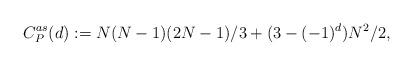
LaTeX: \begin{align*} C_P^{as}(d) := N(N-1)(2N-1)/3 + (3-(-1)^d)N^2/2, \end{align*}